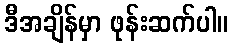
ဒီအချိန်မှာ ဖုန်းဆက်ပါ။